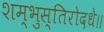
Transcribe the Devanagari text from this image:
शम्भुस्तिरोदधे॥